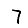
Digit: 7